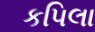
કપિલા